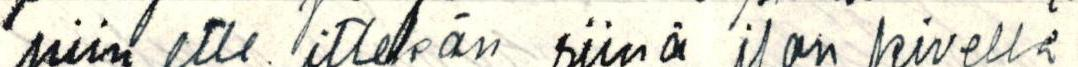
niin ette ittekän siinä ilon kivellä